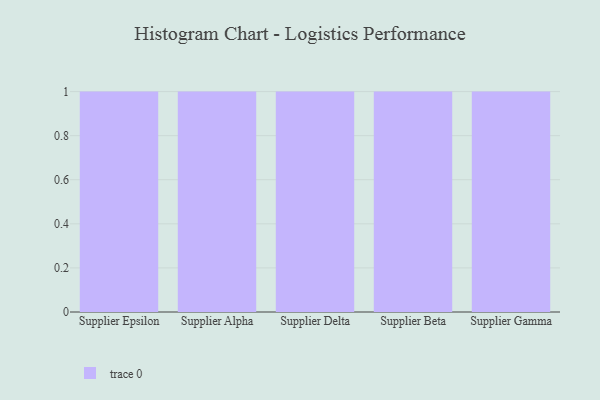
{"axis": {"x": "Supplier", "y": "Active Users"}, "legend": [""], "data": [{"x": "Supplier Epsilon", "y": 1, "type": ""}, {"x": "Supplier Alpha", "y": 28, "type": ""}, {"x": "Supplier Delta", "y": 44, "type": ""}, {"x": "Supplier Beta", "y": 70, "type": ""}, {"x": "Supplier Gamma", "y": 61, "type": ""}]}